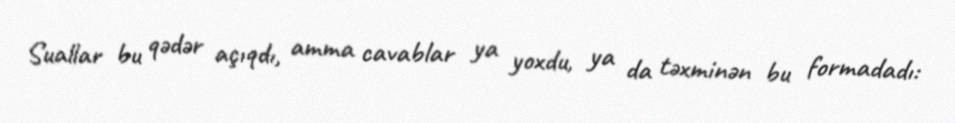
Suallar bu qədər açıqdı, amma cavablar ya yoxdu, ya da təxminən bu formadadı: